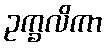
ဥက္ခလိကာ